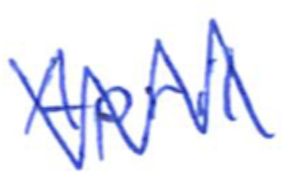
Text: April
Cross-out: zig-zag
Writing tool: ballpoint